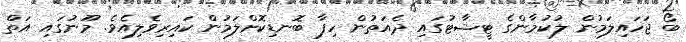
ބޯ ޖަހައިލަމުން ލުކުމާންގެ ޓީޝާޓުގައި ދެއަތުން ހިފާ ބޮނޑިކޮށްލަމުން ކައިރިވެލިއެވެ. މޫނުގައި އަތް